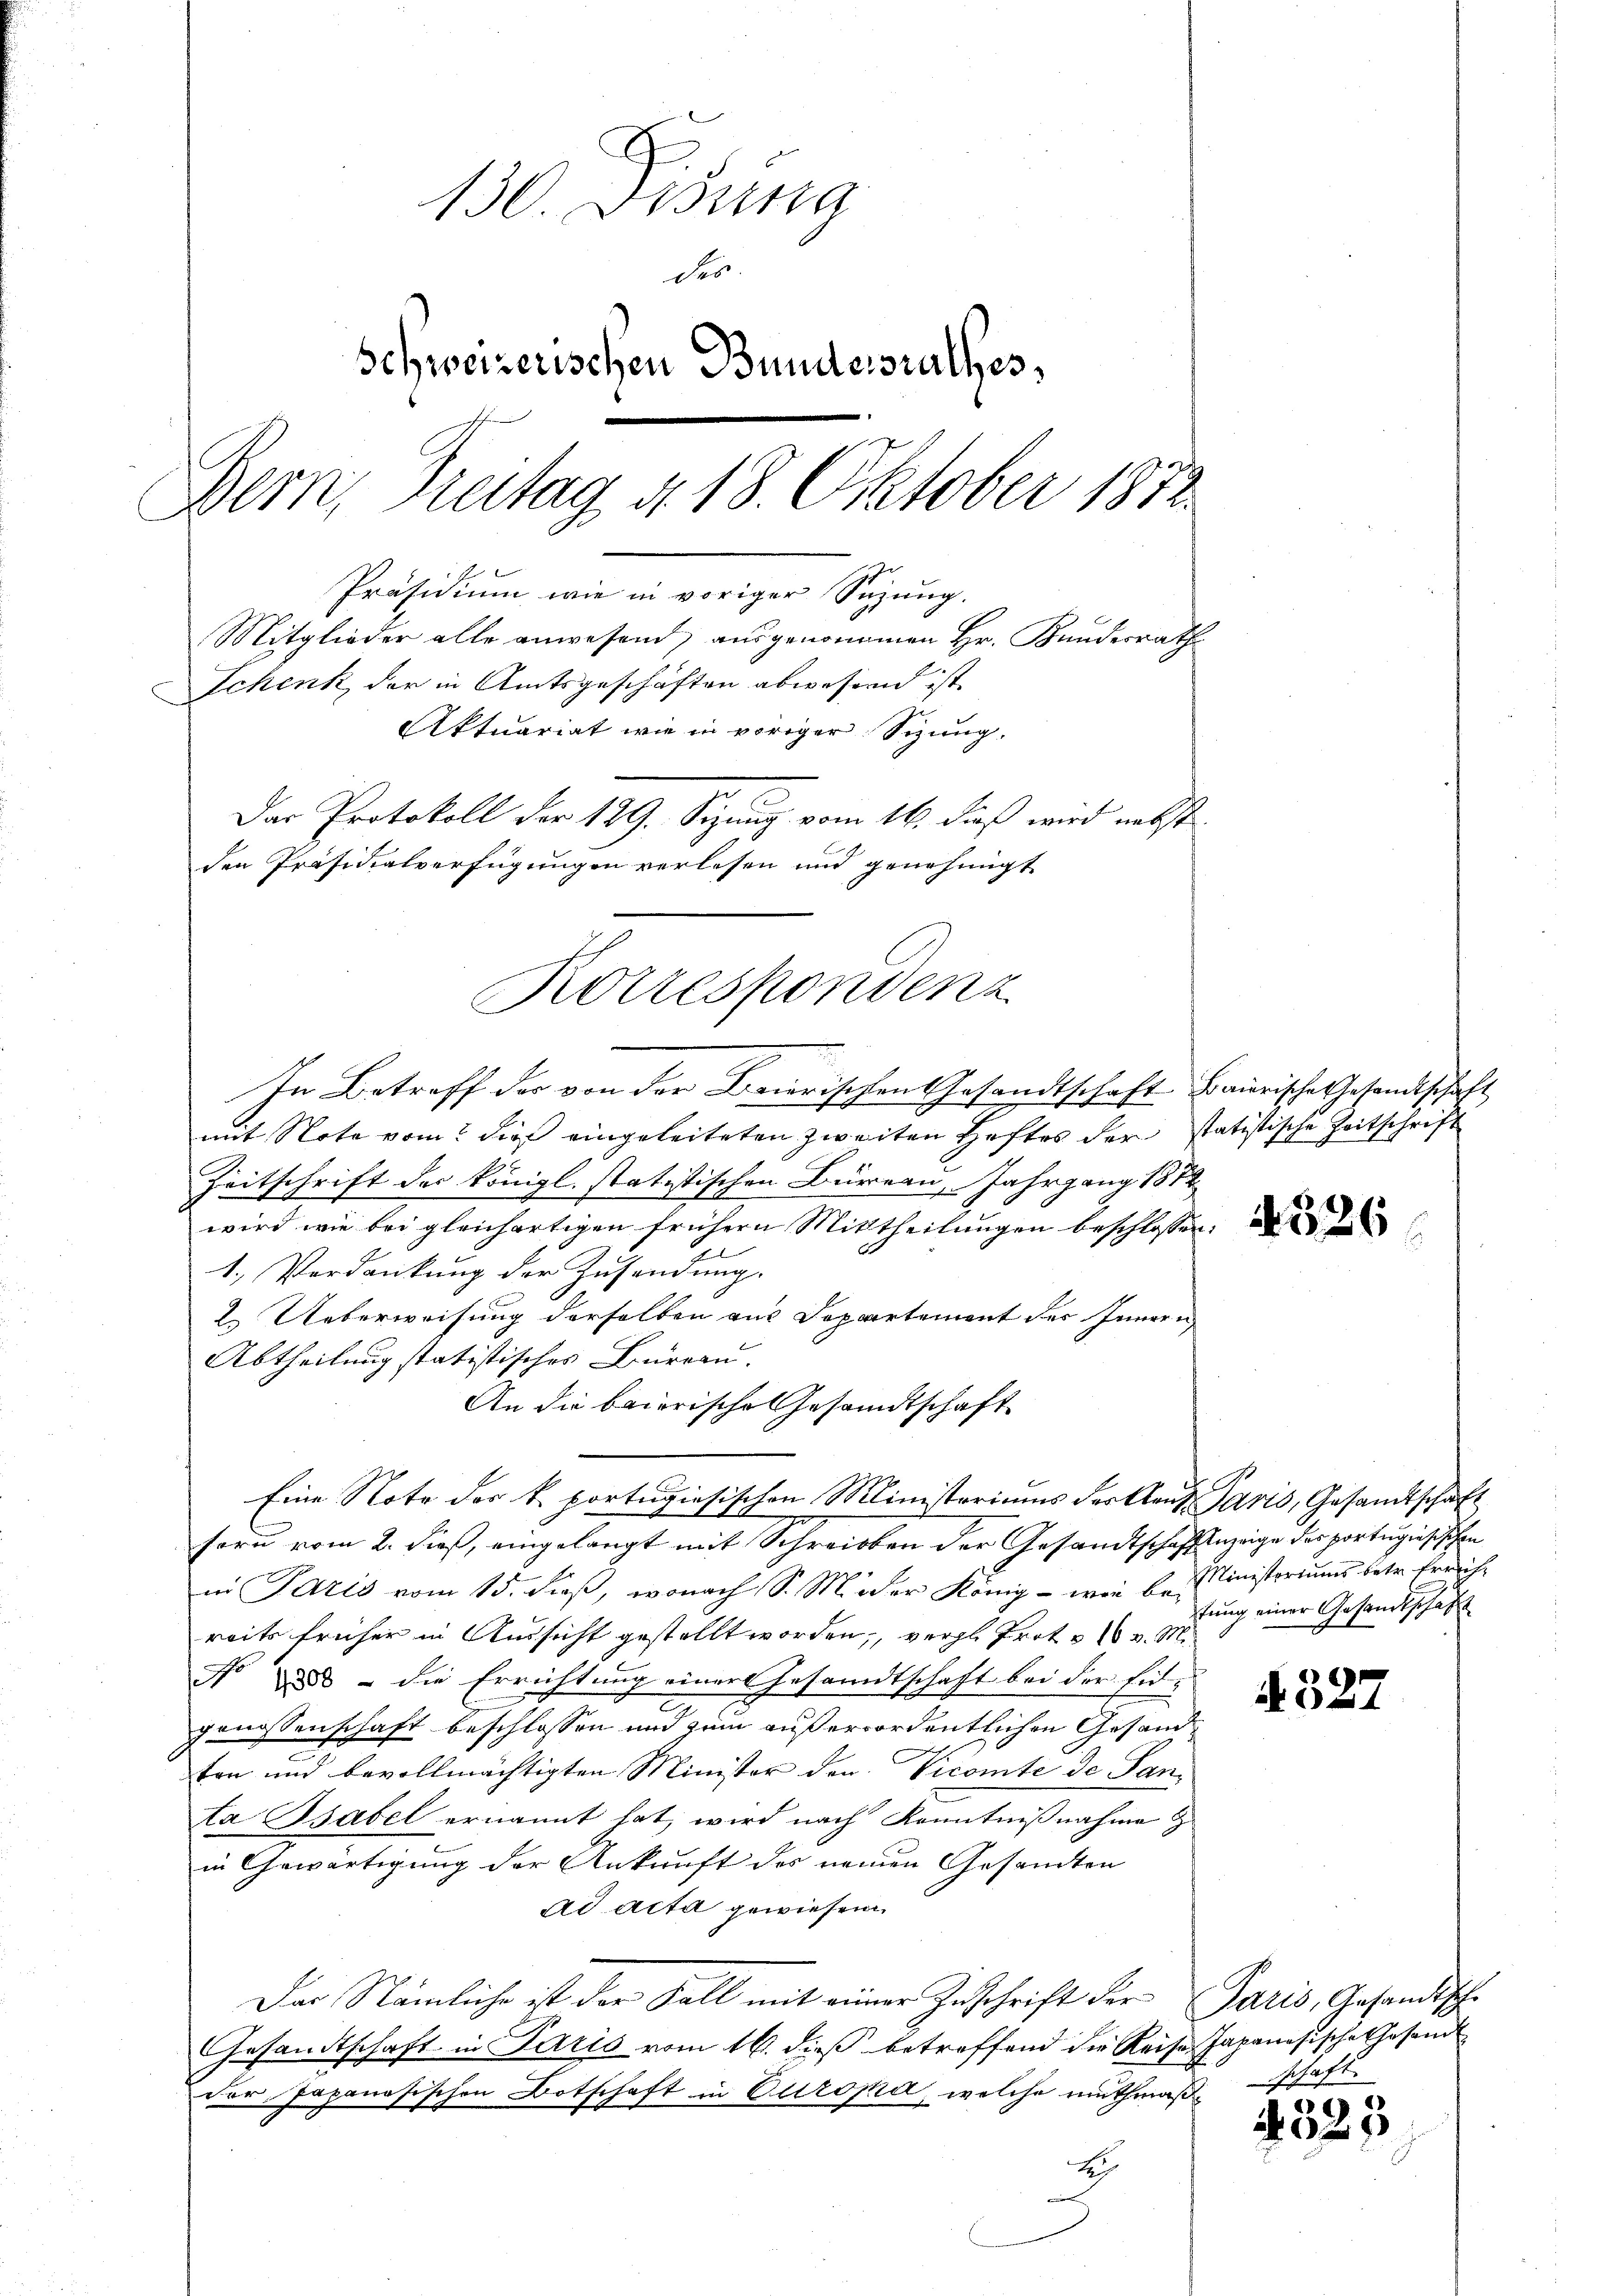
130. Disung
des
schweizerischen Bundesrathes,
Bern, Zeitag d. 18. Oktober 1872.
Präsidium wie in voriger Suzung.
Mitglieder alle anwesend, ausgenommen Hr. Kundesrath
Schenk, der in Amtsgeschäften abwesend ist.
Aktuariat wie in voriger Sizung.
Das Protokoll der 129. Sitzung vom 16. Fuß wird nebst
den Präsidialverfügungen verlesen und genehmigt

Kotzespondenz

In Betreff der von der Beierischen Gesandtschaft Baierische Gesandtschaft
mit Note vom dies eingeleiteten zweiten Heftes der statistische Zeitschrift
Zeitschrift der Königl. statistischen Büreau, Jahrgang 1872
wird wie bei gleichartigen frühern Mittheilungen beschlossen:
1. Verdankung der Zusendung.
2. Ueberweisung derselben aus Departement des Innern
Abtheilung statistisches Büreau.
An die baierische Gesandtschaft
Eine Note der k. portugisischen Ministeriums der Kant. Paris, Gesandtschaft
g
sern vom 2. dieß, eingelangt mit Schreiben der Gesandtschaffenzeige des portugisischen
in Paris vom 15. dieß, wonach S. Moder König - wie de Ministeriums betr. Errichreits früher in Aussicht gestellt worden, vergl. Trot u. 1 v. Mi¬
No 888 - die Errichtung einer Gesandtschaft bei der Eingenossenschaft beschlossen und zum außerordentlichen Gesandten und bevollmächtigten Minister den Vicomite de Santa Bsabel ernannt hat, wird nach Kenntnißnahme z
in Gewärtigung der Ankunft des neuen Gesandten
ad acta gewiesen
Das Nämliche ist der Fall mit einer Zuschrift der Paris, Gesandtsche
Gesandtschaft in Paris vom 16. dieß betreffend die Reise Japanesische Gesandt
der Japanösischen Botschaft in Europe, welche muthmaß¬
S

N326

tung einer Gesandtschaft

2

schaft.

4325